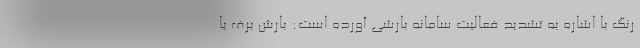
رنگ با اشاره به تشدید فعالیت سامانه بارشی آورده است: بارش برف یا